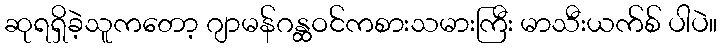
ဆုရရှိခဲ့သူကတော့ ဂျာမန်ဂန္ထဝင်ကစားသမားကြီး မာသီးယက်စ် ပါပဲ။